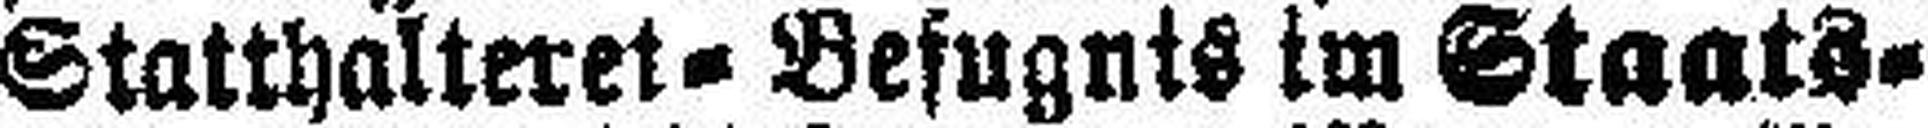
Statthalterei=Befugnis im Staats¬